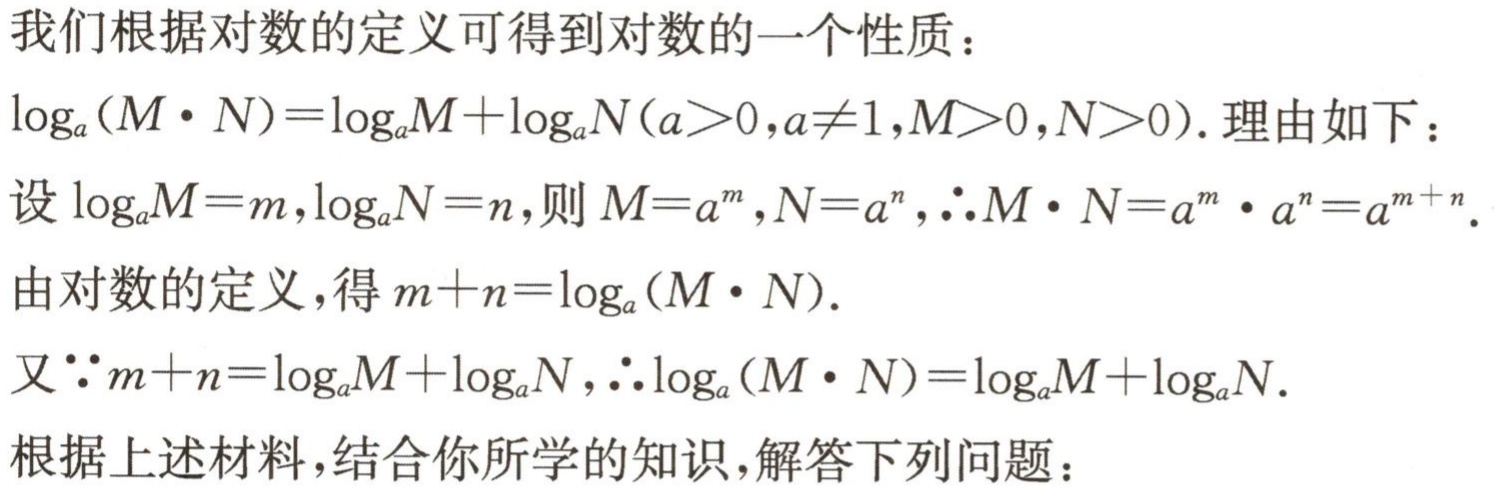
我们根据对数的定义可得到对数的一个性质：
\(\log_{a}(M\cdot N)=\log_{a}M + \log_{a}N(a>0,a\neq1,M>0,N>0)\). 理由如下：
设\(\log_{a}M = m,\log_{a}N = n\), 则\(M = a^{m},N = a^{n},\therefore M\cdot N = a^{m}\cdot a^{n}=a^{m + n}\).
由对数的定义，得\(m + n=\log_{a}(M\cdot N)\).
又\(\because m + n=\log_{a}M+\log_{a}N,\therefore\log_{a}(M\cdot N)=\log_{a}M+\log_{a}N\).
根据上述材料，结合你所学的知识，解答下列问题：